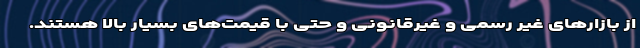
از بازارهای غیر رسمی و غیرقانونی و حتی با قیمت‌های بسیار بالا هستند.